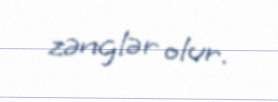
zənglər olur.